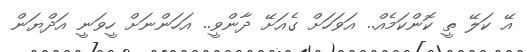
އޭ ކަލޭ ތީ ކޮންކަމެއް.. އަވަހަށް ގެއަށޭ ދާންވީ.. އަހަންނަށް ހީވަނީ އަދްޔަން